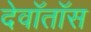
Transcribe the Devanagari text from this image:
देवॉतॉस